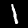
Digit: 1